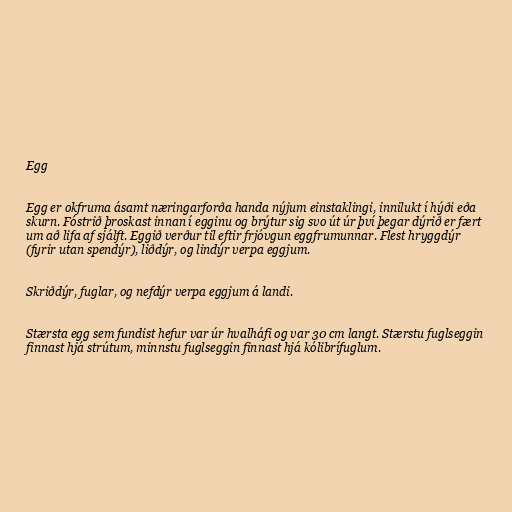
Egg

Egg er okfruma ásamt næringarforða handa nýjum einstaklingi, innilukt í hýði eða
skurn. Fóstrið þroskast innan í egginu og brýtur sig svo út úr því þegar dýrið er fært
um að lifa af sjálft. Eggið verður til eftir frjóvgun eggfrumunnar. Flest hryggdýr
(fyrir utan spendýr), liðdýr, og lindýr verpa eggjum.

Skriðdýr, fuglar, og nefdýr verpa eggjum á landi.

Stærsta egg sem fundist hefur var úr hvalháfi og var 30 cm langt. Stærstu fuglseggin
finnast hjá strútum, minnstu fuglseggin finnast hjá kólibrífuglum.